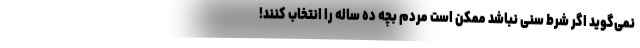
نمی‌گوید اگر شرط سنی نباشد ممکن است مردم بچه ده ساله را انتخاب کنند!